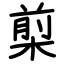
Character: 㮍